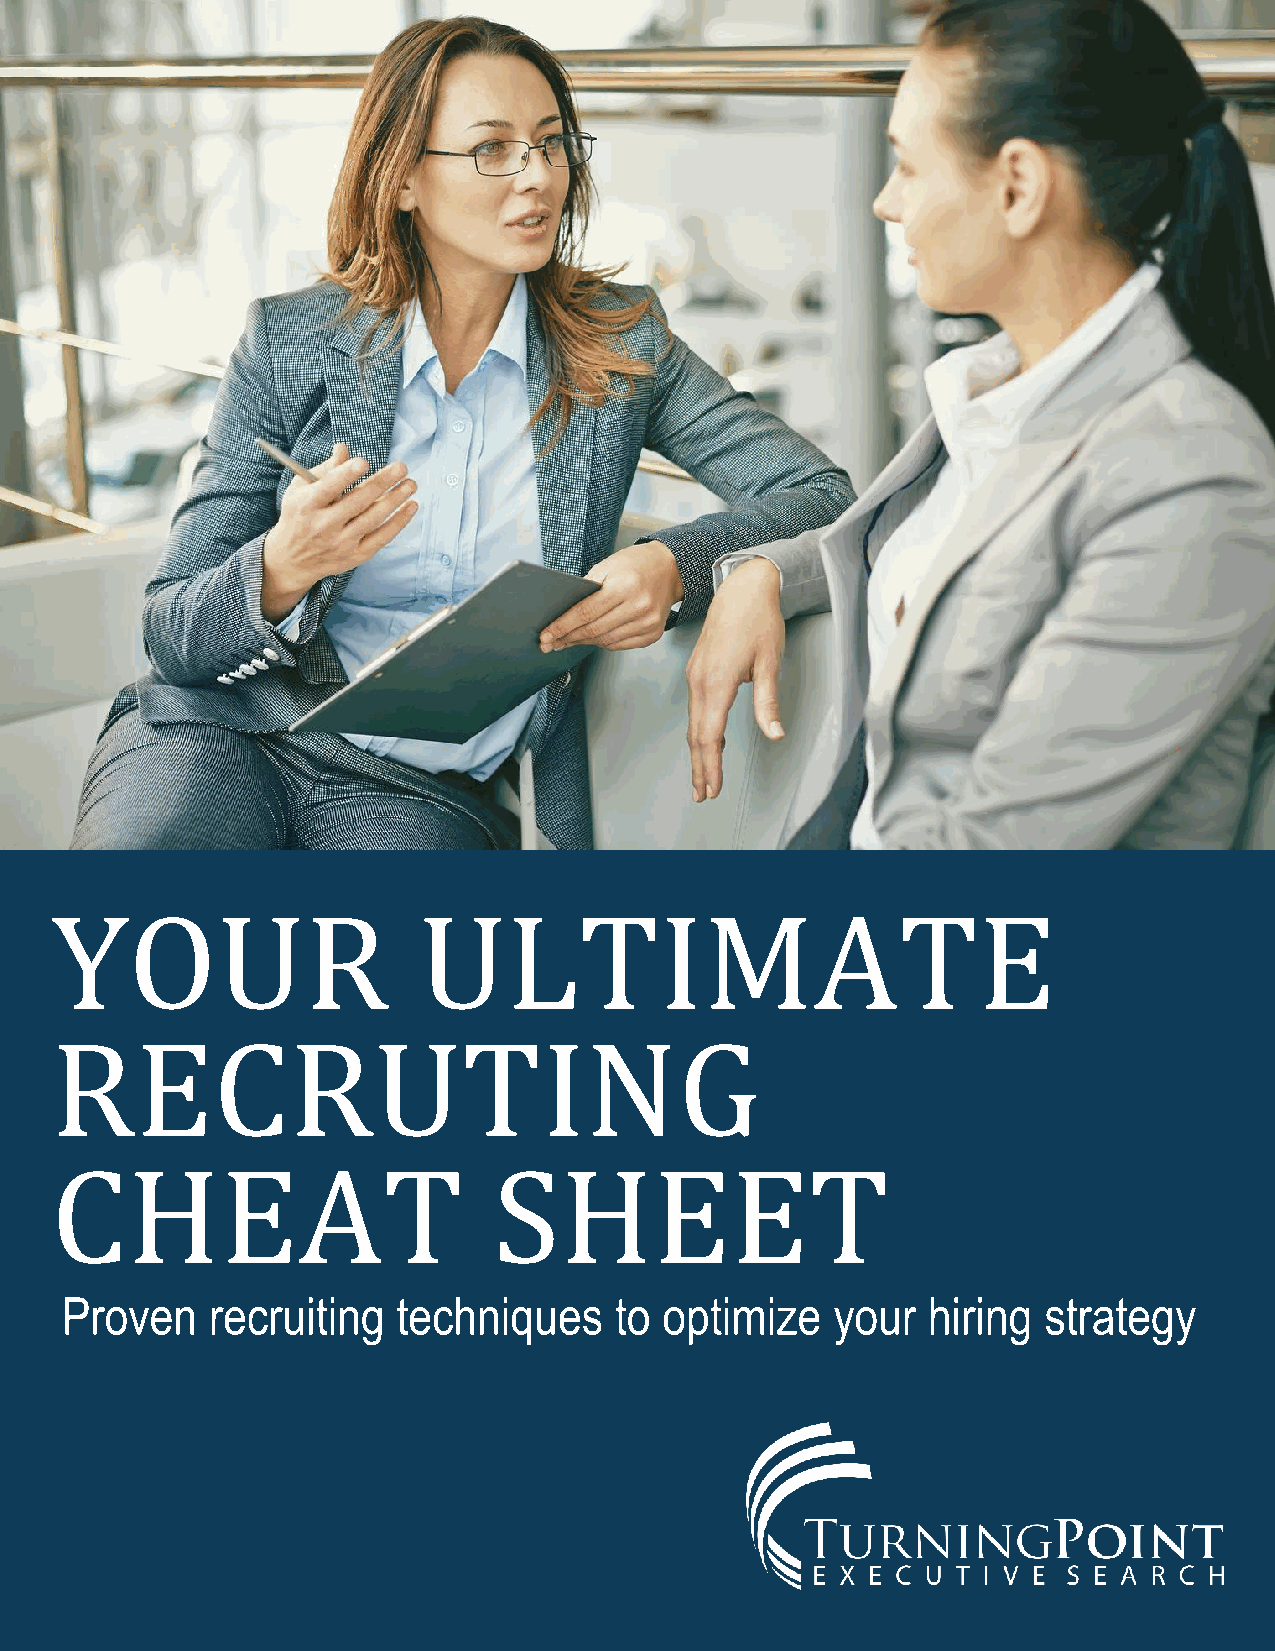
YOUR                     ULT             IMATE
 RECRUTING
 CHEAT                         SHEET
 Proven    recruiting  techniques     to optimize   your  hiring  strategy